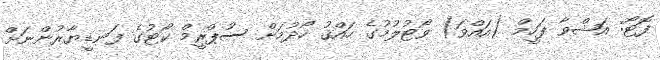
ފޮޓޯ: އަޝްވާ ފަހީމް (އައްވަ) ވޯޓުލުމުގެ ހައްޤު ހޯދުމަށް ސުޕްރީމް ކޯޓުގެ ފަނޑީޔާރުންނަށް